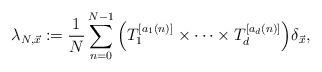
LaTeX: \begin{align*}\lambda_{N,\vec{x}}:=\frac{1}{N}\sum_{n=0}^{N-1}\Big(T_{1}^{[a_1(n)]}\times\dots\times T_{d}^{[a_d(n)]}\Big)\delta_{\vec{x}},\end{align*}